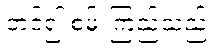
တင်၍ စမ်းကြည့်သည်။